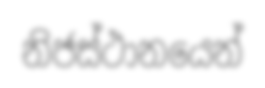
නිජස්ථානයෙන්